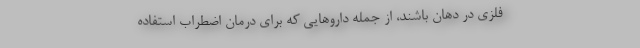
فلزی در دهان باشند، از جمله داروهایی که برای درمان اضطراب استفاده